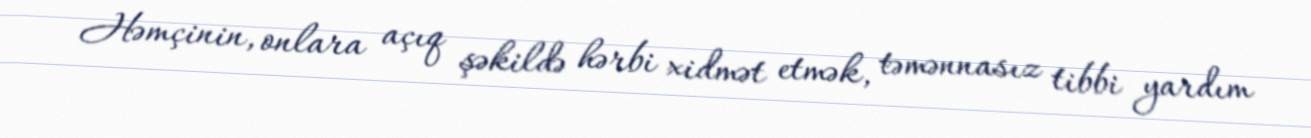
Həmçinin, onlara açıq şəkildə hərbi xidmət etmək, təmənnasız tibbi yardım